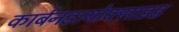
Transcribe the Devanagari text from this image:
कार्बनडायोक्साइड